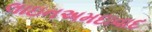
લાઇનઅમદાવાદ